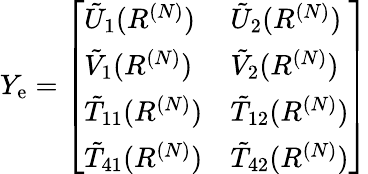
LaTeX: \begin{array}{r}{Y_{\mathrm{e}}=\left[\begin{array}{ll}{\tilde{U}_{1}(R^{(N)})}&{\tilde{U}_{2}(R^{(N)})}\\ {\tilde{V}_{1}(R^{(N)})}&{\tilde{V}_{2}(R^{(N)})}\\ {\tilde{T}_{11}(R^{(N)})}&{\tilde{T}_{12}(R^{(N)})}\\ {\tilde{T}_{41}(R^{(N)})}&{\tilde{T}_{42}(R^{(N)})}\end{array}\right]}\end{array}